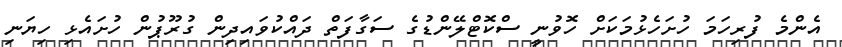
އެންމެ ފުރިހަމަ ހުށަހެޅުމަކަށް ހޮވުނީ ސްކޮޓްލޭންޑުގެ ސަގާފަތް ދައްކުވައިދިން ގުރޫޕުން ހުށައެޅި ހިޔަނި